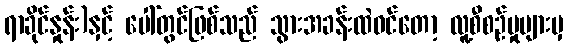
ရာခိုင်နှုန်း)နှင့် ပေါ်တွင်ဖြစ်သည် သွားအခန်းထဲဝင်တော့ လူ့စီစဉ်မှုများမှ